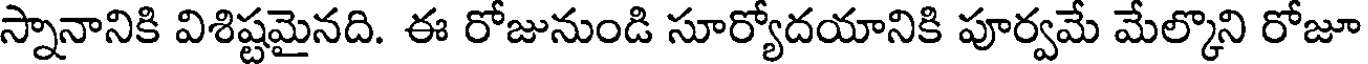
స్నానానికి విశిష్టమైనది. ఈ రోజునుండి సూర్యోదయానికి పూర్వమే మేల్కొని రోజూ